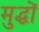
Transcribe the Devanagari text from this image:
मुद्धों